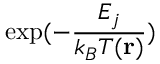
\exp ( - { \frac { E _ { j } } { k _ { B } T ( { \bf r } ) } } )